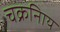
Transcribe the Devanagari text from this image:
चक्रनािय